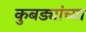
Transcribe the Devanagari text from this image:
कुबड्यांच्या